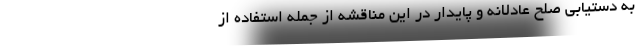
به دستیابی صلح عادلانه و پایدار در این مناقشه از جمله استفاده از